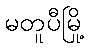
မတူပီမြို့